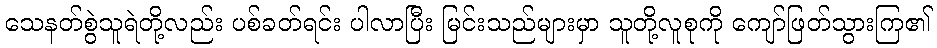
သေနတ်စွဲသူရဲတို့လည်း ပစ်ခတ်ရင်း ပါလာပြီး မြင်းသည်များမှာ သူတို့လူစုကို ကျော်ဖြတ်သွားကြ၏